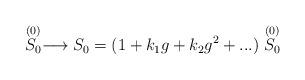
LaTeX: \begin{align*}\stackrel{(0)}{S_0}\longrightarrow S_0 = (1 + k_1 g + k_2 g^2 + ...)\stackrel{(0)}{S_0}\end{align*}